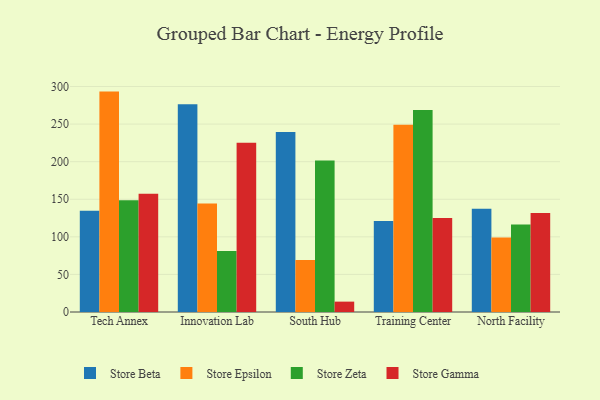
{"axis": {"x": "Campus", "y": "Production Output"}, "legend": ["Store Beta", "Store Epsilon", "Store Gamma", "Store Zeta"], "data": [{"x": "Tech Annex", "y": 134.8, "type": "Store Beta"}, {"x": "Tech Annex", "y": 293.2, "type": "Store Epsilon"}, {"x": "Tech Annex", "y": 148.7, "type": "Store Zeta"}, {"x": "Tech Annex", "y": 157.4, "type": "Store Gamma"}, {"x": "Innovation Lab", "y": 276.4, "type": "Store Beta"}, {"x": "Innovation Lab", "y": 144.4, "type": "Store Epsilon"}, {"x": "Innovation Lab", "y": 81.2, "type": "Store Zeta"}, {"x": "Innovation Lab", "y": 225.0, "type": "Store Gamma"}, {"x": "South Hub", "y": 239.6, "type": "Store Beta"}, {"x": "South Hub", "y": 69.1, "type": "Store Epsilon"}, {"x": "South Hub", "y": 201.6, "type": "Store Zeta"}, {"x": "South Hub", "y": 13.8, "type": "Store Gamma"}, {"x": "Training Center", "y": 120.9, "type": "Store Beta"}, {"x": "Training Center", "y": 249.1, "type": "Store Epsilon"}, {"x": "Training Center", "y": 268.7, "type": "Store Zeta"}, {"x": "Training Center", "y": 124.9, "type": "Store Gamma"}, {"x": "North Facility", "y": 137.2, "type": "Store Beta"}, {"x": "North Facility", "y": 99.1, "type": "Store Epsilon"}, {"x": "North Facility", "y": 116.3, "type": "Store Zeta"}, {"x": "North Facility", "y": 131.6, "type": "Store Gamma"}]}